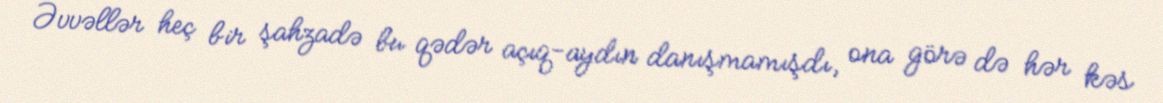
Əvvəllər heç bir şahzadə bu qədər açıq-aydın danışmamışdı, ona görə də hər kəs